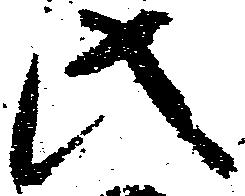
此